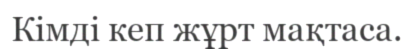
Кімді кеп жұрт мақтаса.